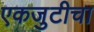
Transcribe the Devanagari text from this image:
एकजुटीचा